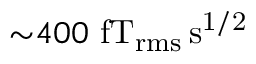
{ \sim } 4 0 0 ~ \mathrm { f T _ { r m s } \, s ^ { 1 / 2 } }